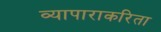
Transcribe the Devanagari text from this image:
व्यापाराकरिता